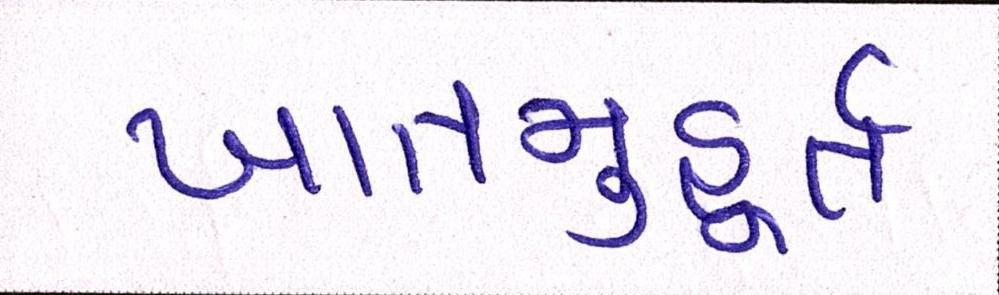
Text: ખાતમુહૂર્ત